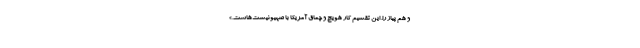
و هم پیاز را. این تقسیم کار هویچ و چماق آمریکا با صهیونیست‌هاست.»